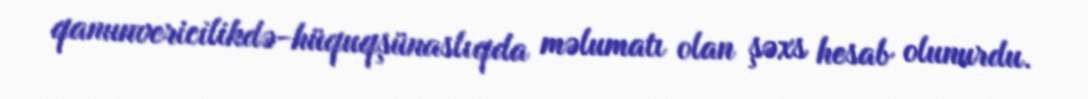
qanunvericilikdə-hüquqşünaslıqda məlumatı olan şəxs hesab olunurdu.